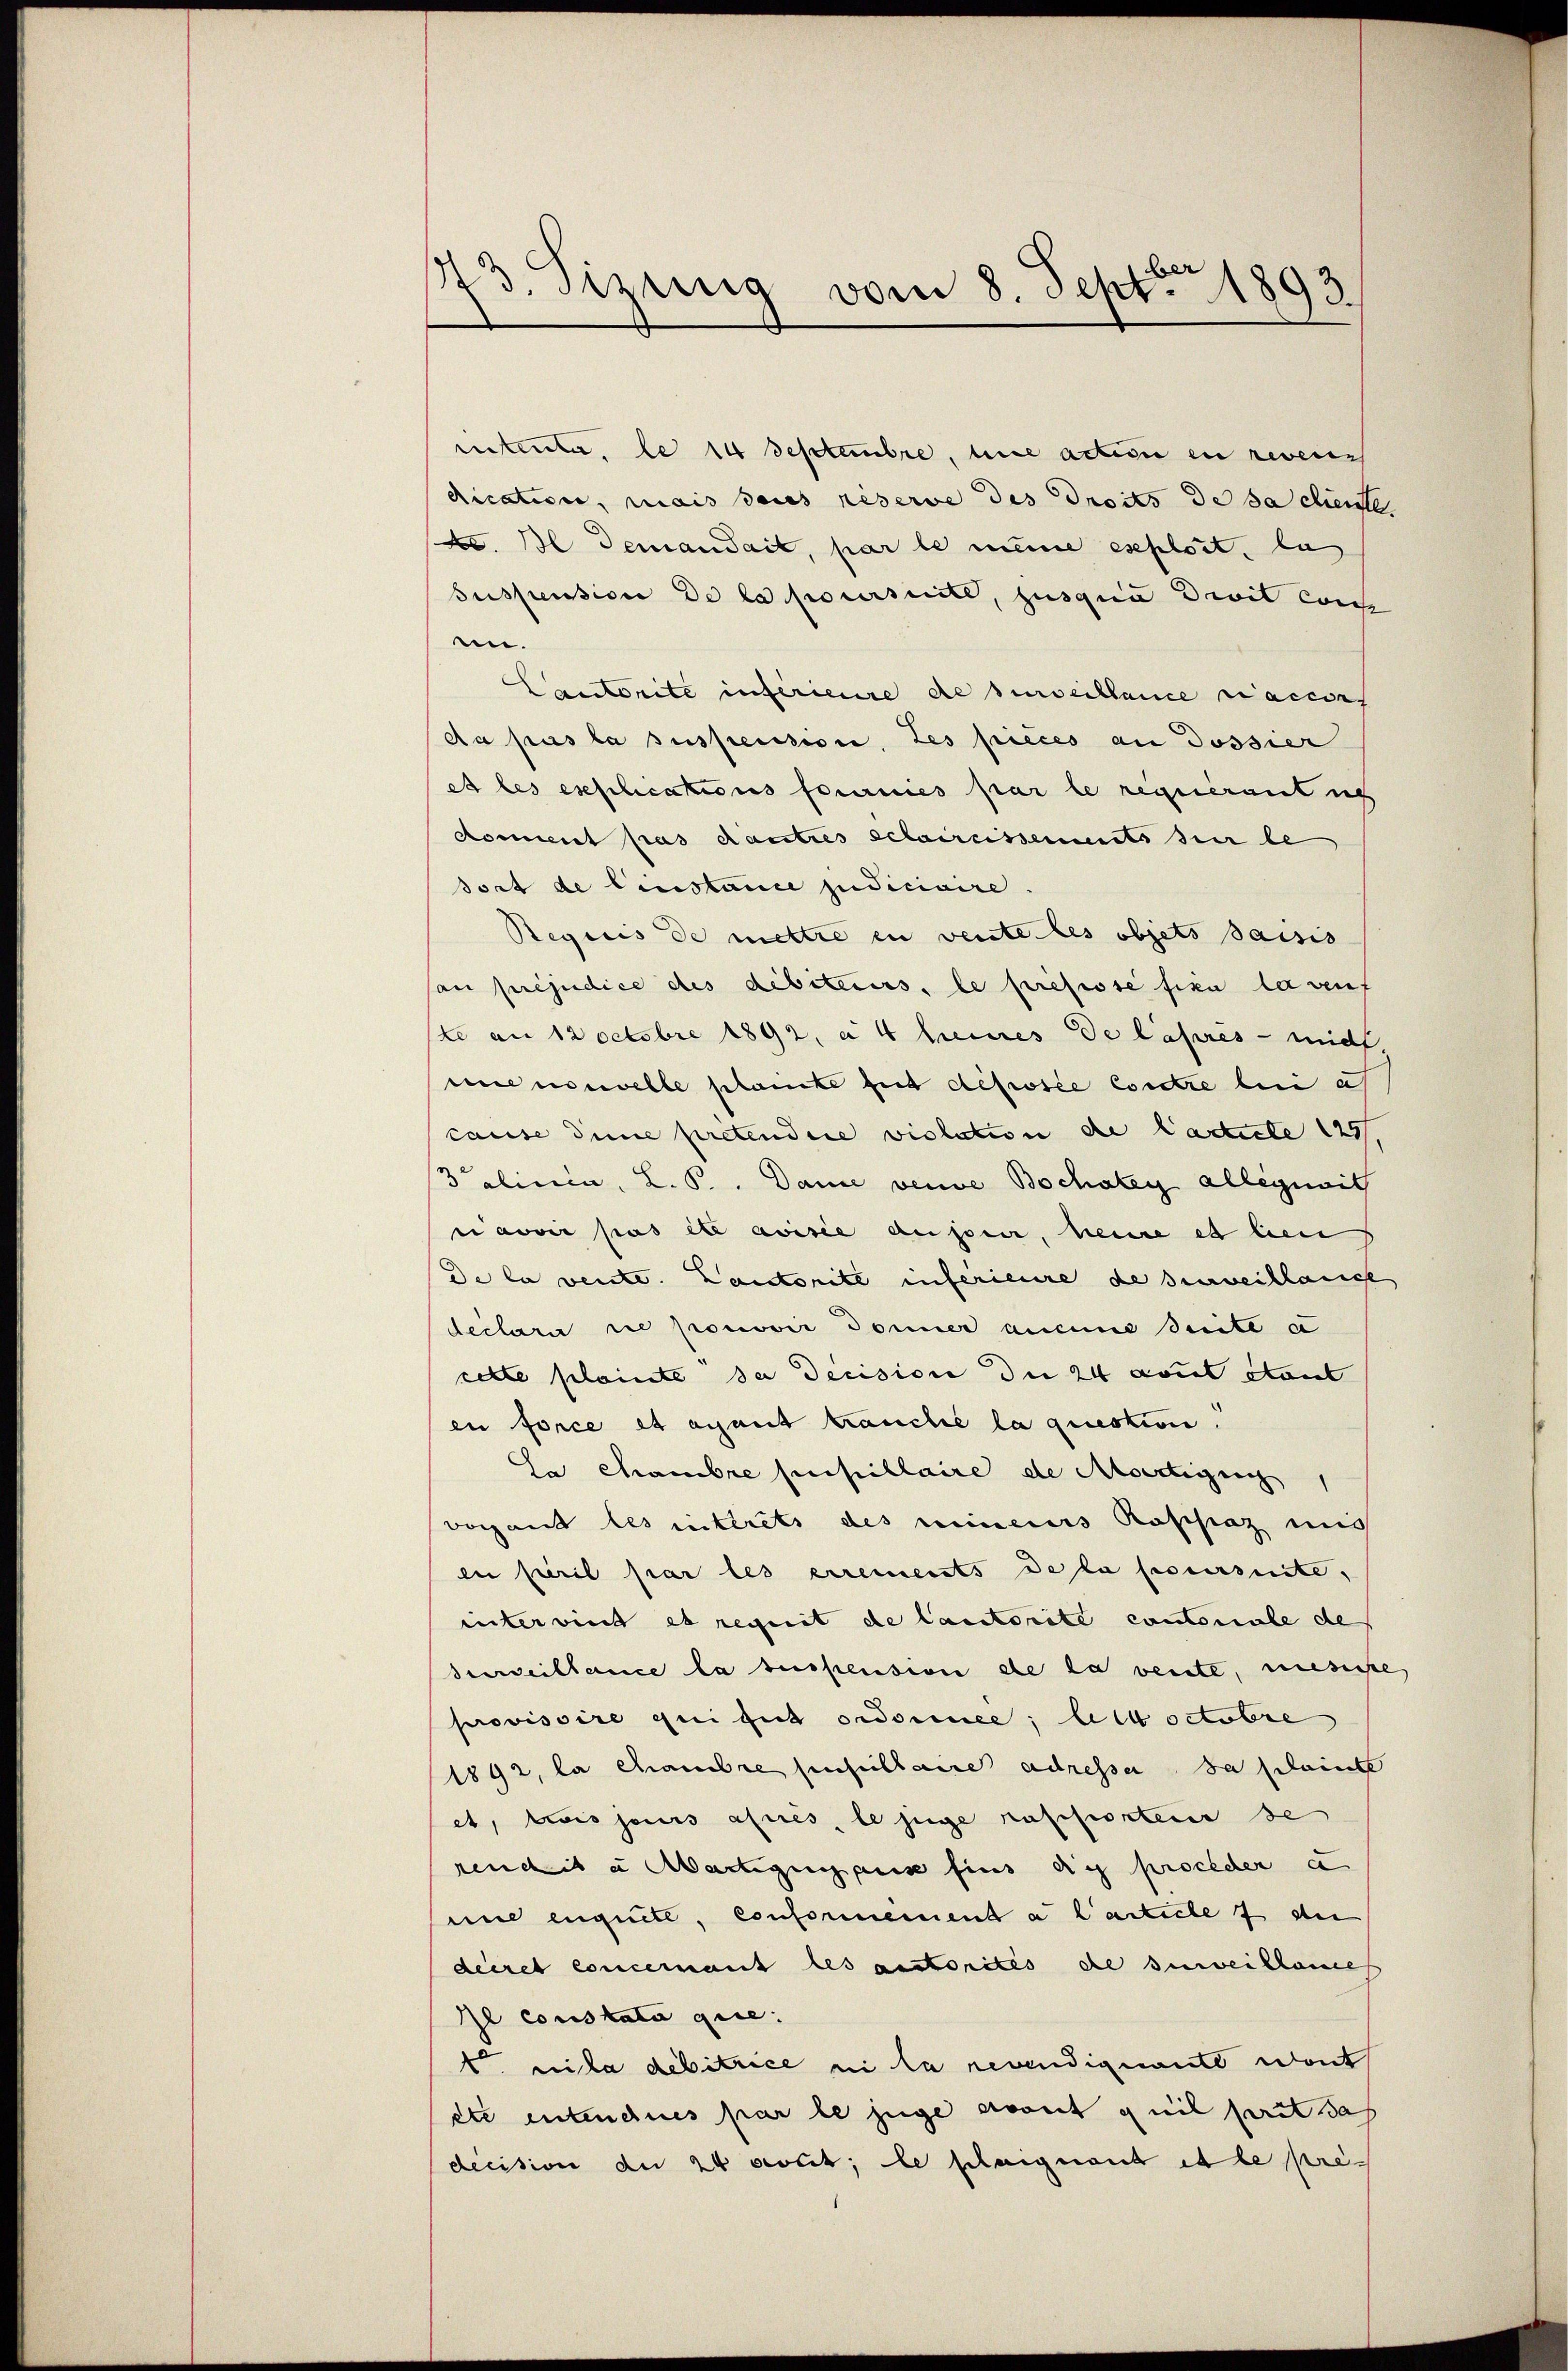
173. Sizung vom 8. Sept. 1893.

mnterta, le 14 Septembre, une action en reven
dication, mais seies réserve des droits de sa cliente
c. Il demandait, par le meine exploit, la
Suspension de la poursuite, jusqua Divit conce
nn.
Cantorite inférieure de surveillance raciers
da pas la suspension, Les pièces an Dossier
et les erschcations fournies par le requerantich
koment pas dautres schaircissements sur le
sort de Einstance judiciaire
Regisis de mettre in vente les objets Baisis
son préjudice des débiteurs, le prefisse fixe la seuf
(te am 12 Octobre 1892, a 4 keines de laseres - mich
mee nouvelle plante gut déposée contre lui af
cause die pretendire violation de Carticle 127,
3 einein, L. B. Dame vende Bochaley allegiit
narvir pas et avisie ausser, heine es ben
de la vente. Lautorité inferieure de surveillangt
declara die pouvoir Donner aucune suite a
cette plainte sa decision die 24 rout stant
en force et ayant kranche la question.
Ia chambre pupillaire de Martigun
vorgans les interets des nimmenes Raschinz mis
en perit par les errements de la poursuite,
inter vint et requit de Cantorite contonale de
Perveillence la suspension de la vente, mesiste
provisoire qui fut ordonnée, lieb octobre
1892, la chambre fenseillaire adresser sa scheinte
et, trois jours annes, le juge rapporteier se
rendite Martigung aus fins dich procher e
une enquett, conformement a l’article 7 die
dieret concernant les anstorites die Zuweislaue
Il conskata gie
t. uita debitrice ni la revendigente sont
ete entenchnes par le juge evant il perst das
decision der 24 soit; le plaignant et le pre¬